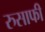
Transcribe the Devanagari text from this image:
रुसाफी